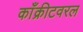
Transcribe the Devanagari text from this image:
काँक्रीटवरल